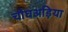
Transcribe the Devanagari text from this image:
चौघअड़िया